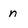
Character: n